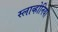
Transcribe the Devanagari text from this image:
स्लाव्होनिया